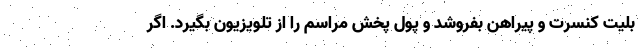
بلیت کنسرت و پیراهن بفروشد و پول پخش مراسم را از تلویزیون بگیرد. اگر